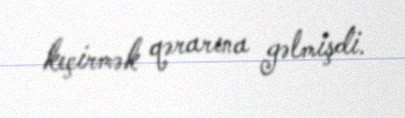
keçirmək qərarına gəlmişdi.